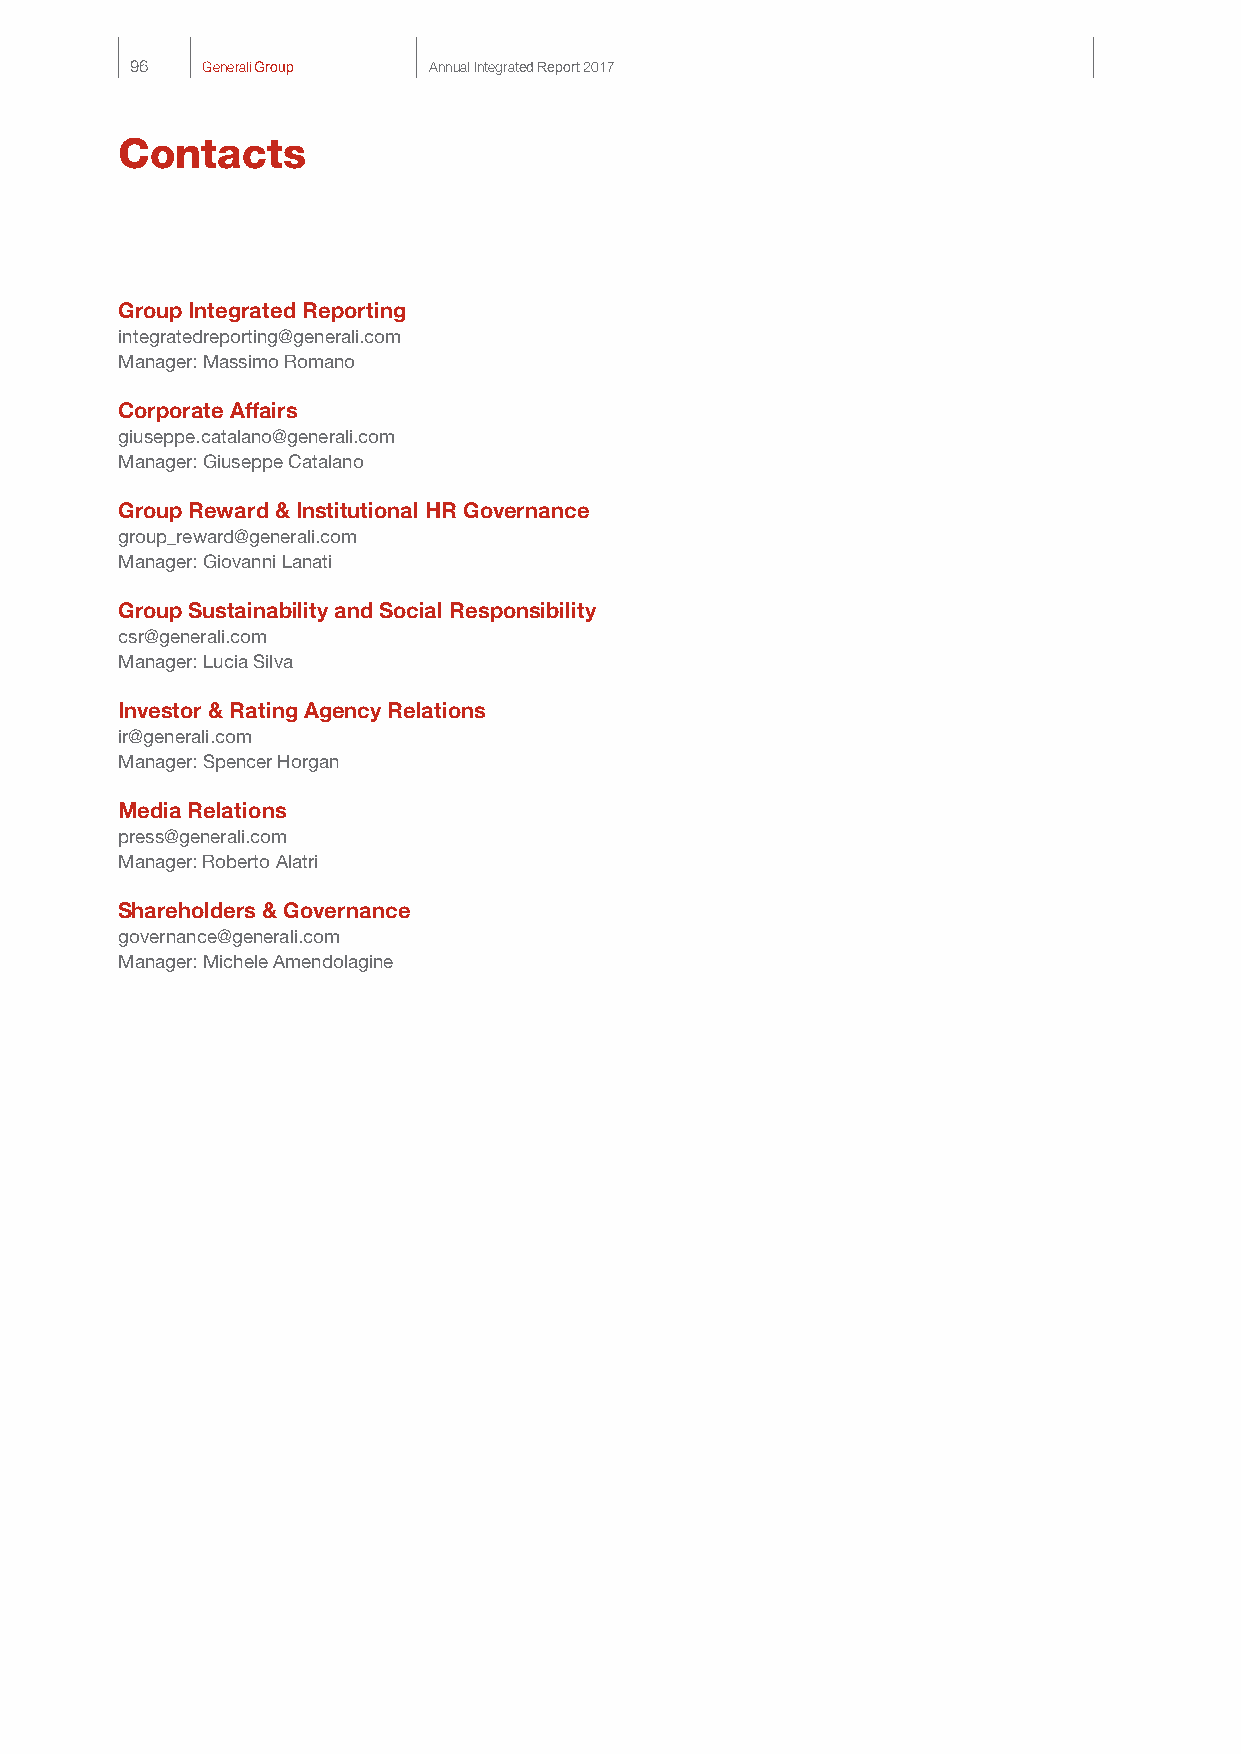
96  Generali Group Annual Integrated Report 2017
 Contacts
 Group Integrated Reporting
 integratedreporting@generali.com
 Manager: Massimo Romano
 Corporate Affairs
 giuseppe.catalano@generali.com
 Manager: Giuseppe Catalano
 Group Reward & Institutional HR Governance
 group_reward@generali.com
 Manager: Giovanni Lanati
 Group Sustainability and Social Responsibility
 csr@generali.com
 Manager: Lucia Silva
 Investor & Rating Agency Relations
 ir@generali.com
 Manager: Spencer Horgan
 Media Relations
 press@generali.com
 Manager: Roberto Alatri
 Shareholders & Governance
 governance@generali.com
 Manager: Michele Amendolagine